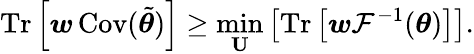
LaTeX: \operatorname{Tr}\left[\boldsymbol{w}\operatorname{Cov}(\tilde{\boldsymbol{\theta}})\right]\geq\operatorname*{min}_{\mathbf{U}}\left[\operatorname{Tr}\left[\boldsymbol{w}\mathcal{F}^{-1}(\boldsymbol{\theta})\right]\right].